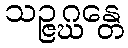
သဉ္ဇဂ္ဃန္တေ